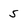
Character: 5